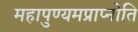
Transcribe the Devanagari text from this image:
महापुण्यमप्राप्नोति